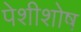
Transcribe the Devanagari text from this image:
पेशीशोष